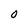
Character: O